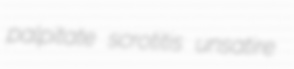
palpitate scrotitis unsatire